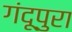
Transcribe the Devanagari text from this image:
गंदूपुरा